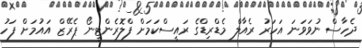
ދެހާސް ނުވަވަނަ އަހަރު ރެއާލް މެޑްރިޑްގެ ރައީސްކަމަށް ފްލޮރެންޓީނޯ ޕެރޭޒް އައުމަށް ފަހު